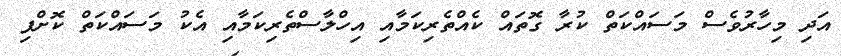
އަދި މިހާރުވެސް މަސައްކަތް ކުރާ ގޮތައް ކެއްތެރިކަމާއި އިހްލާސްތެރިކަމާއި އެކު މަސައްކަތް ކޮށްފި